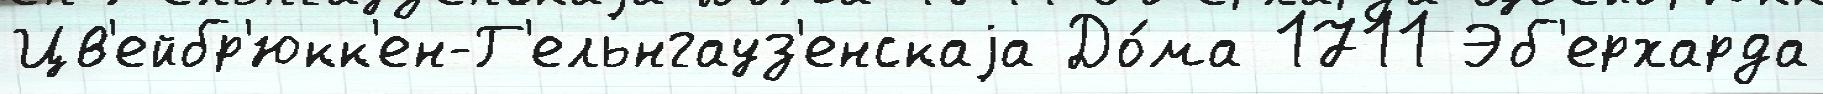
Цв'ейбр'юкк'ен-Г'ельнгауз'енскаjа До́ма 1711 Эб'ерхарда